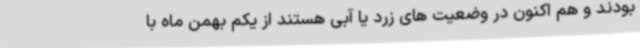
بودند و هم اکنون در وضعیت های زرد یا آبی هستند از یکم بهمن ماه با